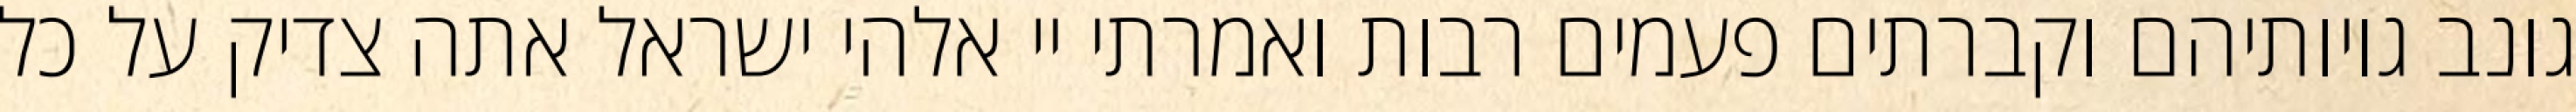
גונב גויותיהם וקברתים פעמים רבות ואמרתי יי אלהי ישראל אתה צדיק על כל